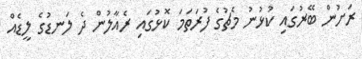
ރަށުން ބޭރުގައި ކުޅުނު މެޗުގެ ފުރަތަމަ ކޮޅުގައި ރެއާލުން ދެ ލަނޑުގެ ލީޑެއް